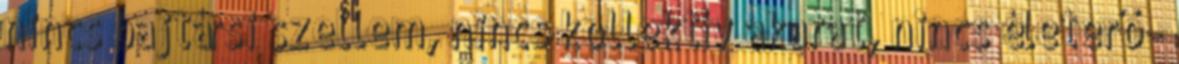
nincs bajtársi szellem, nincs kollektív akarat, nincs életerő -